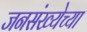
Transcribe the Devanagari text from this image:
जनसंख्येच्या